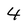
Character: 4